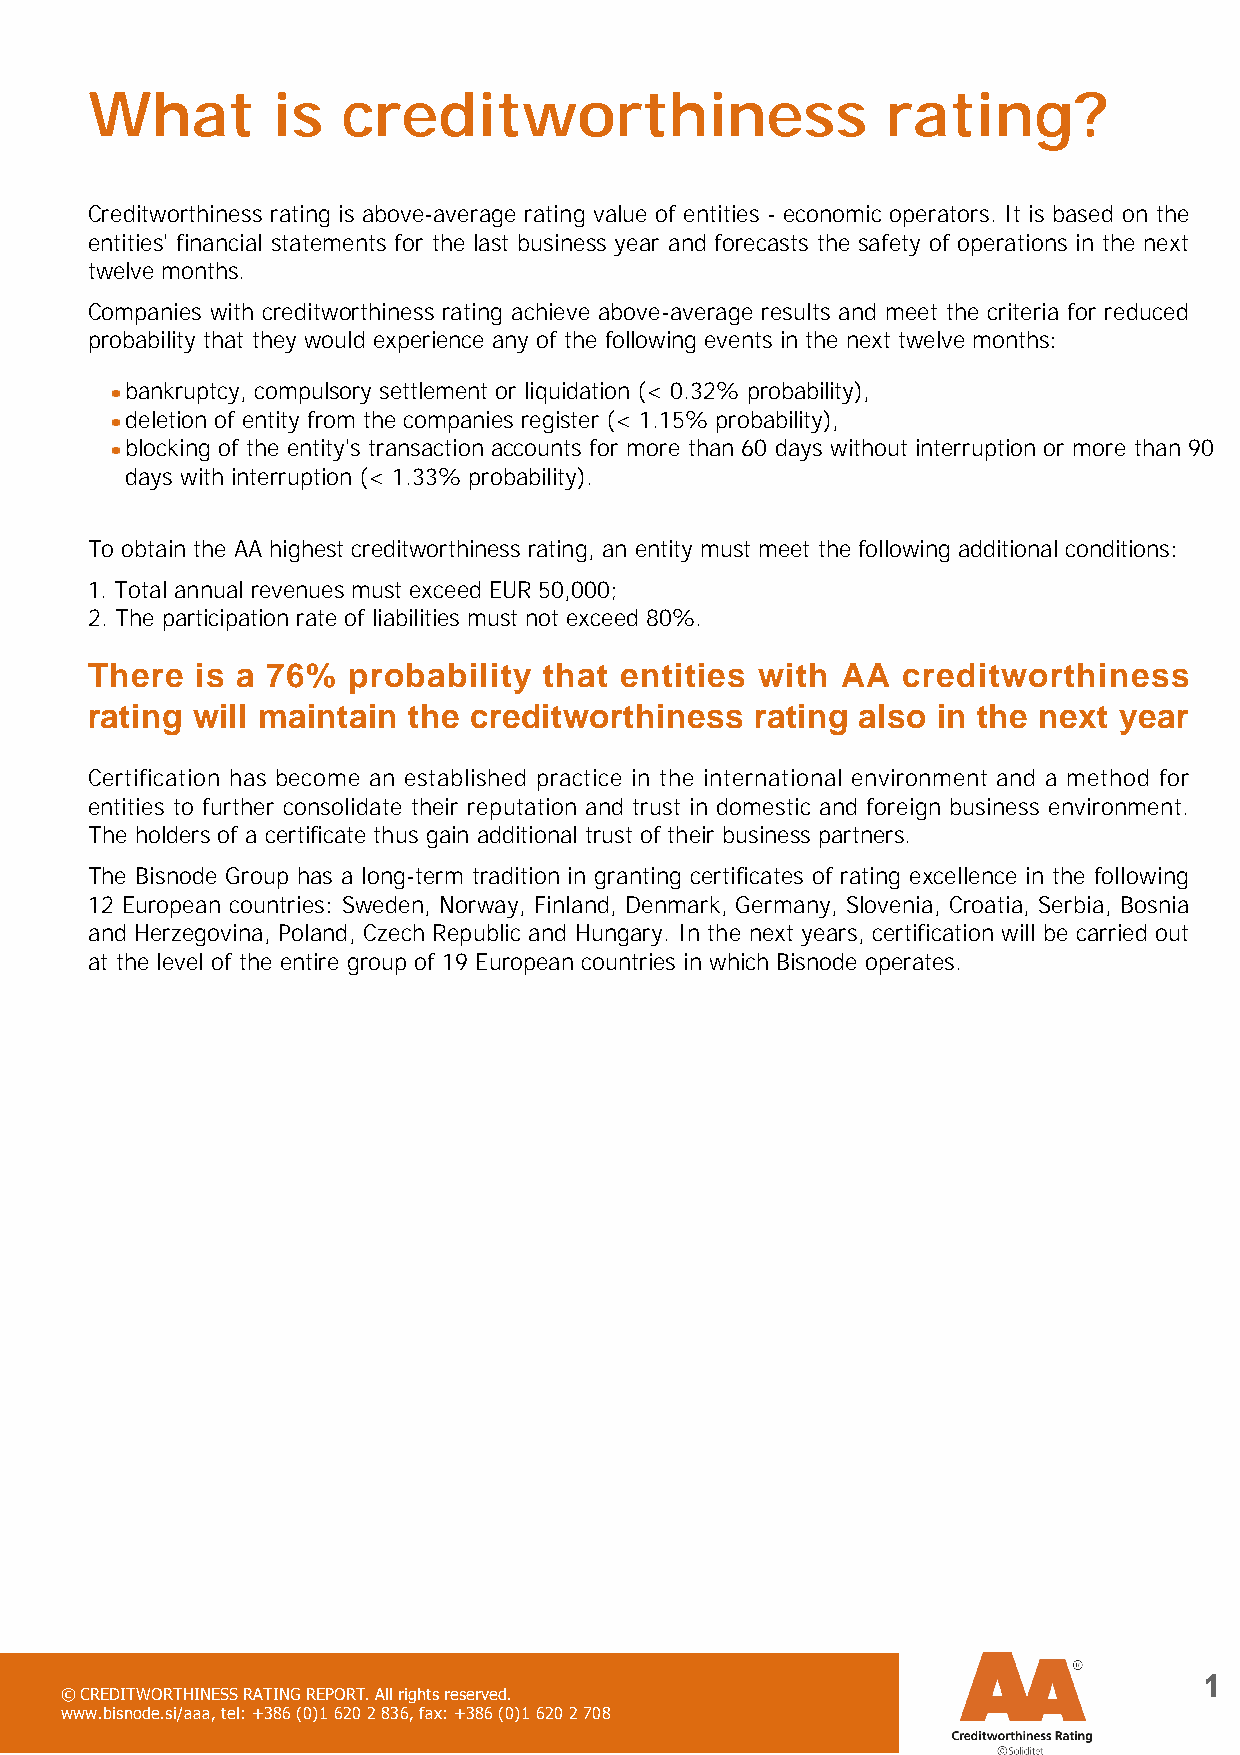
What        is   creditworthiness                    rating?
 Creditworthiness rating is above-average rating value of entities - economic operators. It is based on the
 entities' financial statements for the last business year and forecasts the safety of operations in the next
 twelve months.
 Companies with creditworthiness rating achieve above-average results and meet the criteria for reduced
 probability that they would experience any of the following events in the next twelve months:
 bankruptcy, compulsory settlement or liquidation (< 0.32% probability),
 deletion of entity from the companies register (< 1.15% probability),
 blocking of the entity's transaction accounts for more than 60 days without interruption or more than 90
 days with interruption (< 1.33% probability).
 To obtain the AA highest creditworthiness rating, an entity must meet the following additional conditions:
 1. Total annual revenues must exceed EUR 50,000;
 2. The participation rate of liabilities must not exceed 80%.
 There  is a 76%  probability  that entities with  AA  creditworthiness
 rating will maintain the creditworthiness   rating also in the next year
 Certification has become an established practice in the international environment and a method for
 entities to further consolidate their reputation and trust in domestic and foreign business environment.
 The holders of a certificate thus gain additional trust of their business partners.
 The Bisnode Group has a long-term tradition in granting certificates of rating excellence in the following
 12 European countries: Sweden, Norway, Finland, Denmark, Germany, Slovenia, Croatia, Serbia, Bosnia
 and Herzegovina, Poland, Czech Republic and Hungary. In the next years, certification will be carried out
 at the level of the entire group of 19 European countries in which Bisnode operates.
 1
 © CREDITWORTHINESS RATING REPORT. All rights reserved.
 www.bisnode.si/aaa, tel: +386 (0)1 620 2 836, fax: +386 (0)1 620 2 708